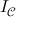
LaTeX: I _ { \mathcal { C } }